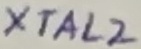
Text: XTAL2